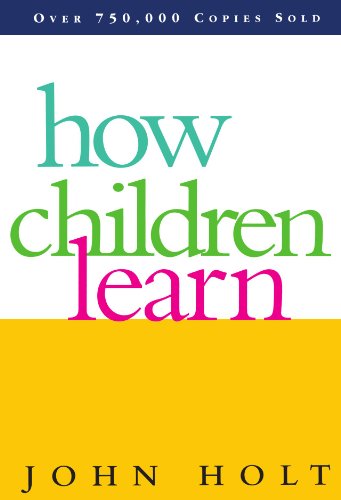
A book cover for How Children Learn (Classics in Child Development); John Holt; Parenting & Relationships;